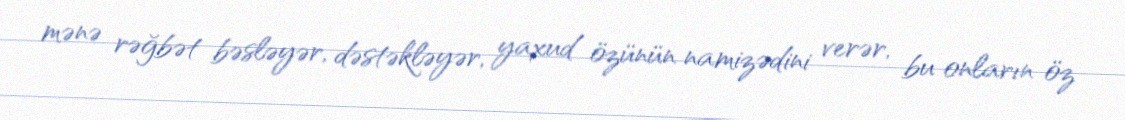
mənə rəğbət bəsləyər, dəstəkləyər, yaxud özünün namizədini verər, bu onların öz